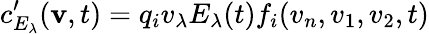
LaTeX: c_{E_{\lambda}}^{\prime}(\mathbf{v},t)=q_{i}v_{\lambda}E_{\lambda}(t)f_{i}(v_{n},v_{1},v_{2},t)